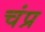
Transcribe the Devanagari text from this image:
चंप्र